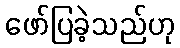
ဖော်ပြခဲ့သည်ဟု